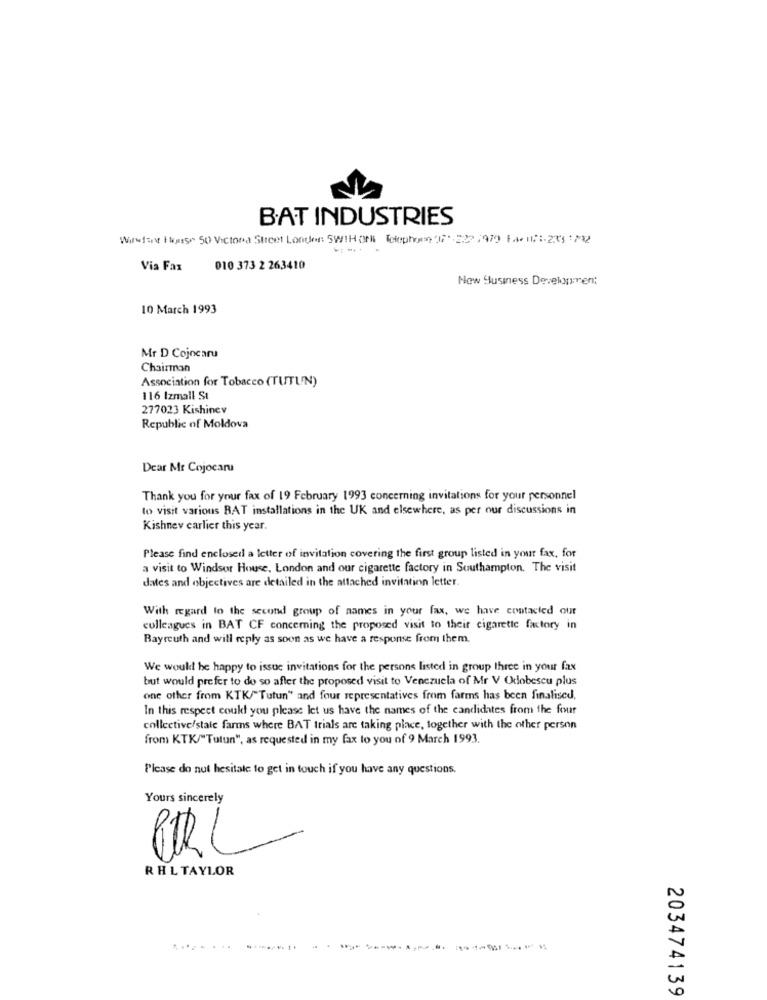
BAT INDUSTRIES
Wirstay House 50 Victoria Street London SWiHorli Telephon 00* 222 /979 Facil :- 2332
Via Fax
010 373 2 263410
Now Susiness Development
10 March 1993
Mr D Cojocaru
Chairman
Association for Tobacco (TUTUIN)
116 Izmail St
277023 Kishinev
Republic of Moldova
Dear Mr Cojocaru
Thank you for your fax of 19 February 1993 concerning invitations for your personnel
to visit various BAT installations in the UK and elsewhere, as per our discussions in
Kishnev carlier this year.
Please find enclosed a letter of invitation covering the first group listed in your fax, for
a visit to Windsor House, London and our cigarette factory in Southampton. The visit
dates and objectives are detailed in the attached invitation letter.
With regard to the second group of names in your fax, we have contacted out
colleagues in BAT CF concerning the proposed visit to their cigarette factory in
Bayreuth and will reply as soon as we have a response from them.
We would be happy to issue invitations for the persons listed in group three in your fax
but would prefer to do so after the proposed visit to Venezuela of Mr V Odobescu plus
one other from KTK/"Tutun" and four representatives from farms has been finalised,
In this respect could you please let us have the names of the candidates from the four
collective/stale farms where BAT trials are taking place, together with the other person
from KTK/"Tutun", as requested in my fax lo you of 9 March 1993.
Please do not hesitate to get in touch if you have any questions.
Yours sincerely
URL
R HL TAYLOR
........
203474139